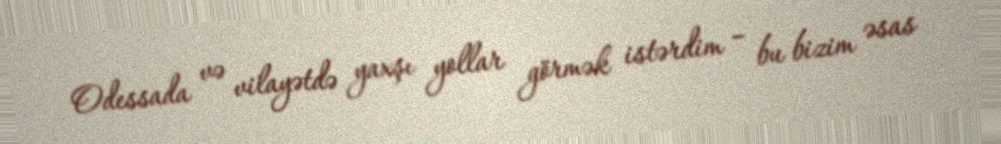
Odessada və vilayətdə yaxşı yollar görmək istərdim – bu bizim əsas